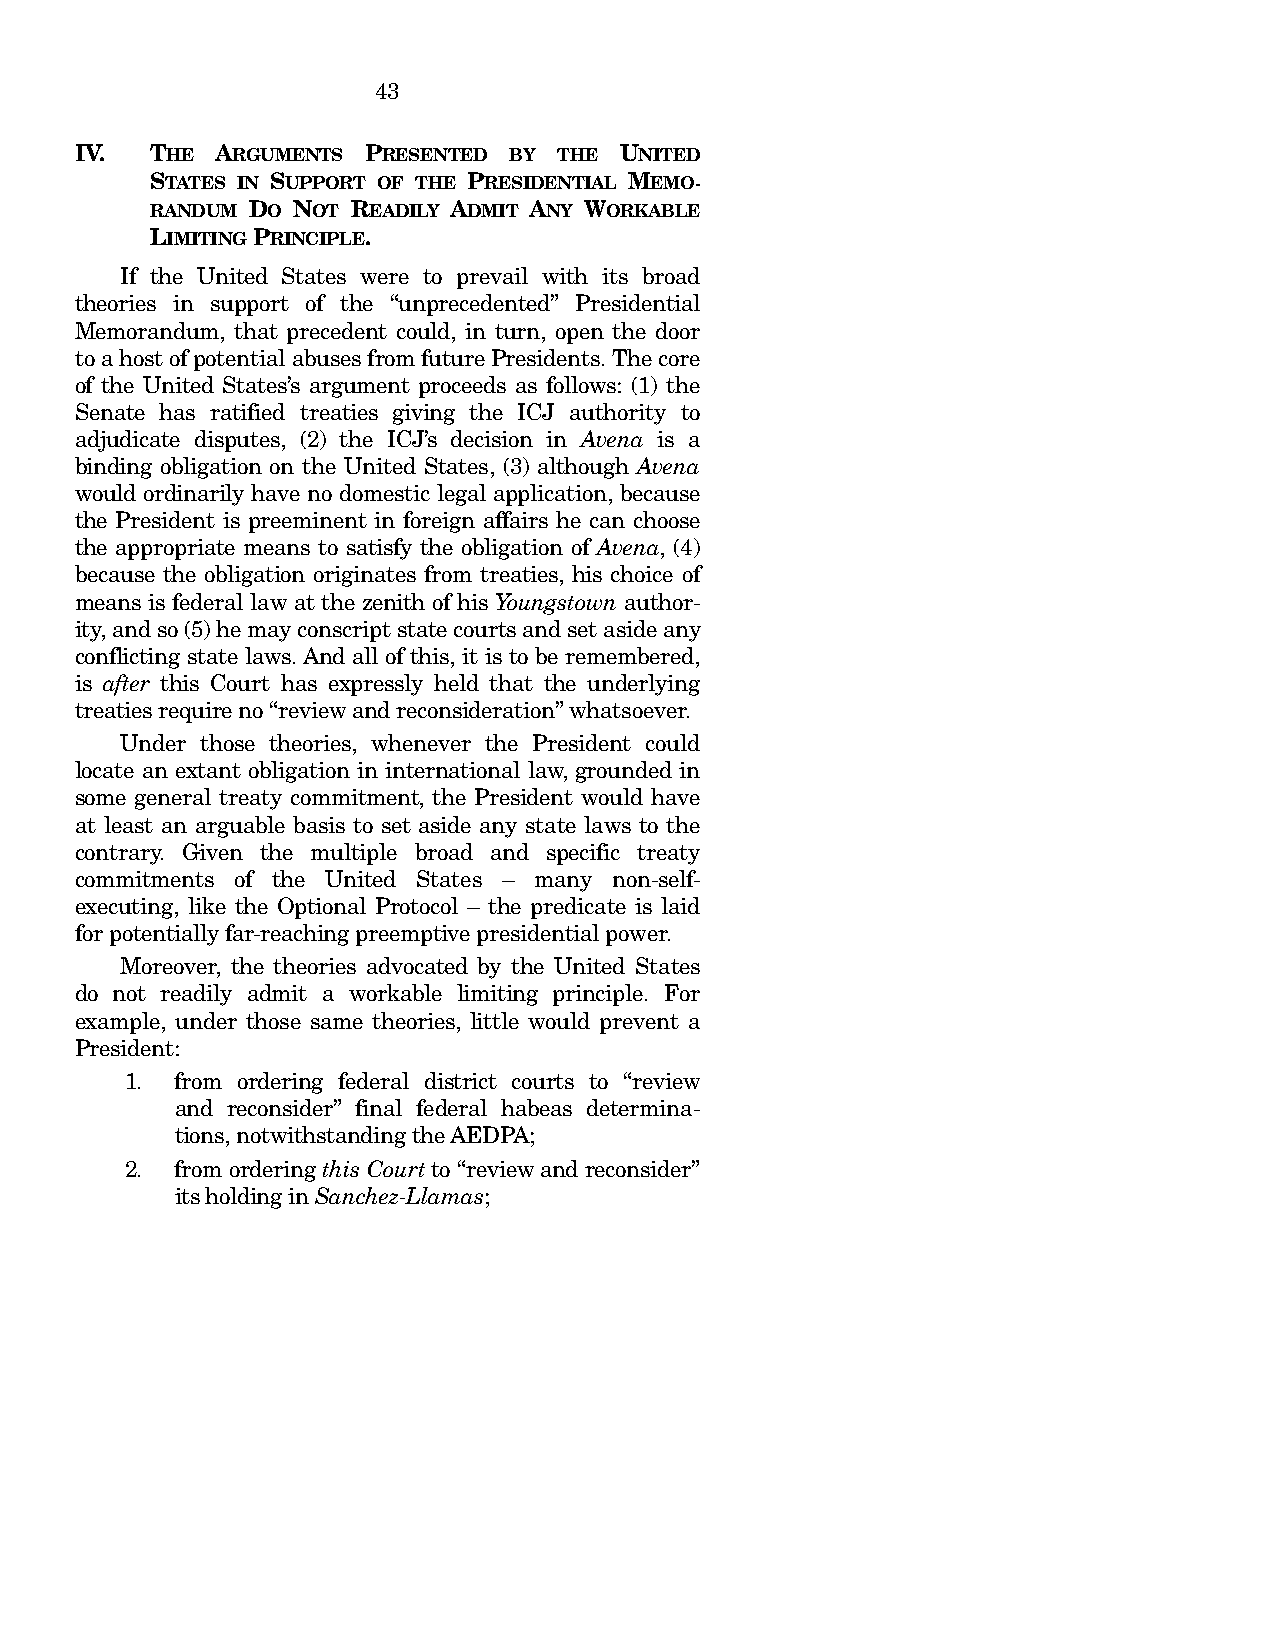
43
 IV.  THE ARGUMENTS PRESENTED BY THE UNITED
 STATES IN SUPPORT OF THE PRESIDENTIAL MEMO-
 RANDUM DO NOT READILY ADMIT ANY WORKABLE
 LIMITING PRINCIPLE.
 If the United States were to prevail with its broad
 theories in support of the “unprecedented” Presidential
 Memorandum, that precedent could, in turn, open the door
 to a host of potential abuses from future Presidents. The core
 of the United States’s argument proceeds as follows: (1) the
 Senate has ratified treaties giving the ICJ authority to
 adjudicate disputes, (2) the ICJ’s decision in Avena is a
 binding obligation on the United States, (3) although Avena
 would ordinarily have no domestic legal application, because
 the President is preeminent in foreign affairs he can choose
 the appropriate means to satisfy the obligation of Avena, (4)
 because the obligation originates from treaties, his choice of
 means is federal law at the zenith of his Youngstown author-
 ity, and so (5) he may conscript state courts and set aside any
 conflicting state laws. And all of this, it is to be remembered,
 is after this Court has expressly held that the underlying
 treaties require no “review and reconsideration” whatsoever.
 Under those theories, whenever the President could
 locate an extant obligation in international law, grounded in
 some general treaty commitment, the President would have
 at least an arguable basis to set aside any state laws to the
 contrary. Given the multiple broad and specific treaty
 commitments of the United States – many non-self-
 executing, like the Optional Protocol – the predicate is laid
 for potentially far-reaching preemptive presidential power.
 Moreover, the theories advocated by the United States
 do not readily admit a workable limiting principle. For
 example, under those same theories, little would prevent a
 President:
 1.  from ordering federal district courts to “review
 and reconsider” final federal habeas determina-
 tions, notwithstanding the AEDPA;
 2.  from ordering this Court to “review and reconsider”
 its holding in Sanchez-Llamas;